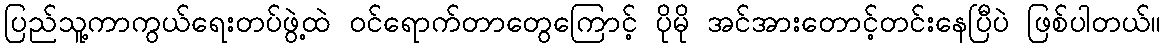
ပြည်သူ့ကာကွယ်ရေးတပ်ဖွဲ့ထဲ ဝင်ရောက်တာတွေကြောင့် ပိုမို အင်အားတောင့်တင်းနေပြီပဲ ဖြစ်ပါတယ်။